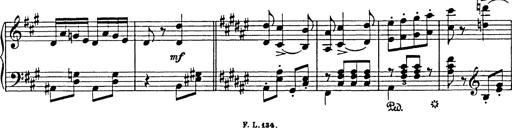
Title: Hungarian Rhapsody No.18
Composer: Franz Liszt
Key: F-sharp minor